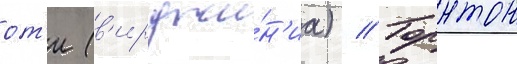
от'и (в'ирджи́н'иа) // Торнтон